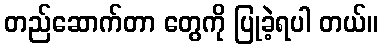
တည်ဆောက်တာ တွေကို ပြုခဲ့ရပါ တယ်။